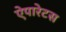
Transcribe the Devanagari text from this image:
ऐपारेटस